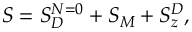
S = S _ { D } ^ { N = 0 } + S _ { M } + S _ { z } ^ { D } ,